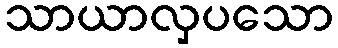
သာယာလှပသော